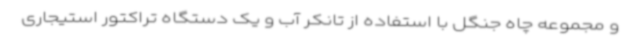
و مجموعه چاه جنگل با استفاده از تانکر آب و یک دستگاه تراکتور استیجاری